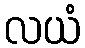
လယံ